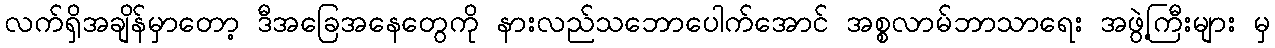
လက်ရှိအချိန်မှာတော့ ဒီအခြေအနေတွေကို နားလည်သဘောပေါက်အောင် အစ္စလာမ်ဘာသာရေး အဖွဲ့ကြီးများ မှ